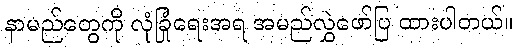
နာမည်တွေကို လုံခြုံရေးအရ အမည်လွှဲဖော်ပြ ထားပါတယ်။